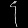
Digit: ၄